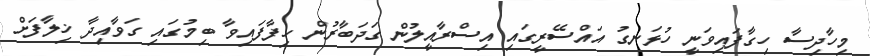
މިހާދިސާ ހިގާފައިވަނީ ހުޅަނގު އައްސޭރީގައި އިސްރާއީލުން ގަދަބާރުން ހިފާފައިވާ ބިމުގައި ގަވާއިދާ ޚިލާފަށް